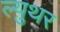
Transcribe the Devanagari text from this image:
ल्य़ुथर